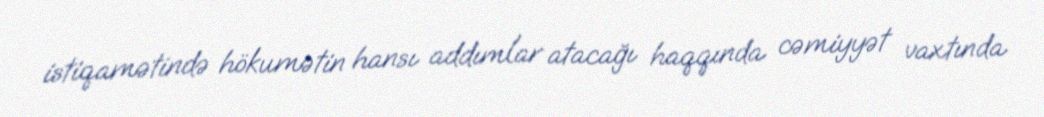
istiqamətində hökumətin hansı addımlar atacağı haqqında cəmiyyət vaxtında